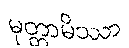
မုတ္တာမိဿာ